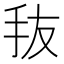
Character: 𰓃